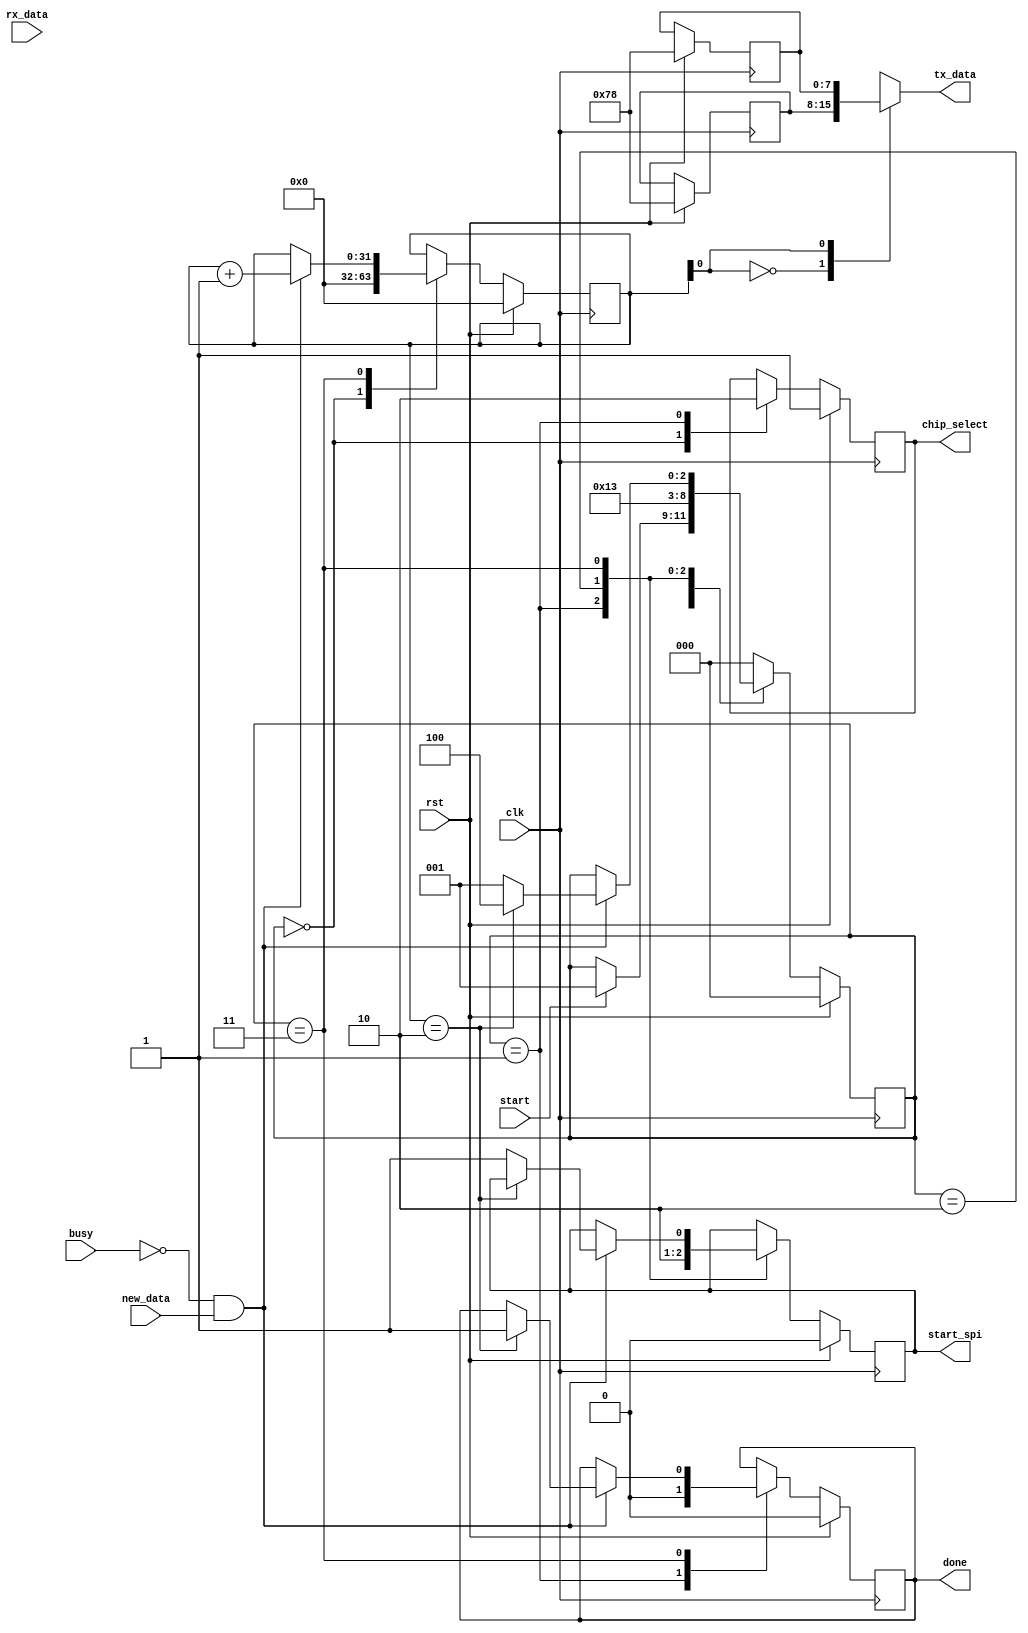
module spi_multi_transfer(
    clk,
    rst,
    start, 
    busy,
    new_data,
    tx_data, 
    rx_data, 
    start_spi,
    done,
    chip_select
);
parameter TRANSFER_COUNT = 2;
input clk, rst, start, busy, new_data;
input[7:0] rx_data;
output[7:0] tx_data;
output reg start_spi, done, chip_select;
reg[7:0] tx_table[TRANSFER_COUNT-1:0];
reg[7:0] rx_table[TRANSFER_COUNT-1:0];
localparam IDLE = 3'd0, STARTING = 3'd1, DELAY = 3'd2,
    RUNNING = 3'd3, DONE = 3'd4;
reg[2:0] state;
reg[31:0] index;
reg i;
always @(posedge clk) begin
    if(rst) begin
        index <= 32'b0;
        state <= IDLE;
        done <= 1'b0;
        start_spi <= 1'b0;
        chip_select <= 1'b1; 
        rx_table[0] <= 8'b0;
        rx_table[1] <= 8'b0;
        tx_table[0] <= 8'b1111000;
        tx_table[1] <= 8'b1111000;
    end else begin
        case(state)
            IDLE: begin
                index <= 32'b0;
                chip_select <= 1'b1; 
                if(start) begin
                    state <= STARTING;
                end
            end
            STARTING: begin
                done <= 1'b0;
                start_spi <= 1'b1;
                chip_select <= 1'b0;
                state <= DELAY;
            end
            DELAY: begin
                state <= RUNNING;
                        start_spi <= 1'b0;
            end
            RUNNING: begin
                if ((!busy) && new_data) begin
                    rx_table[index] <= rx_data;
                    index <= index + 1;
                    if(index == TRANSFER_COUNT) begin
                        done <= 1'b1;
                        state <= DONE;
                    end else begin
                        state <= STARTING;
                        start_spi <= 1'b1;
                    end
                end
            end
            DONE: begin
                state <= IDLE;
            end
            default: begin
                state <= IDLE;
            end
        endcase
    end
end
assign tx_data = tx_table[index];
endmodule